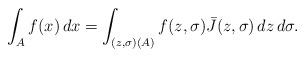
LaTeX: \begin{align*} \int_A f(x) \,dx = \int_{(z,\sigma)(A)} f(z,\sigma) \bar J(z,\sigma) \, dz\,d\sigma.\end{align*}